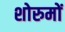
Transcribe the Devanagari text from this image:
शोरुमों